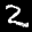
Label: 2